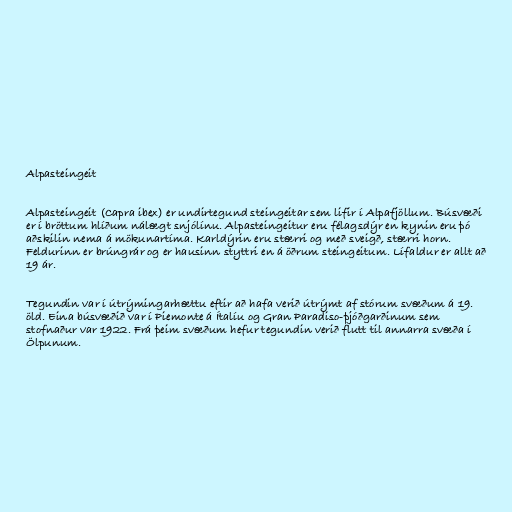
Alpasteingeit

Alpasteingeit (Capra ibex) er undirtegund steingeitar sem lifir í Alpafjöllum. Búsvæði
er í bröttum hlíðum nálægt snjólínu. Alpasteingeitur eru félagsdýr en kynin eru þó
aðskilin nema á mökunartíma. Karldýrin eru stærri og með sveigð, stærri horn.
Feldurinn er brúngrár og er hausinn styttri en á öðrum steingeitum. Lífaldur er allt að
19 ár.

Tegundin var í útrýmingarhættu eftir að hafa verið útrýmt af stórum svæðum á 19.
öld. Eina búsvæðið var í Piemonte á Ítalíu og Gran Paradiso-þjóðgarðinum sem
stofnaður var 1922. Frá þeim svæðum hefur tegundin verið flutt til annarra svæða í
Ölpunum.